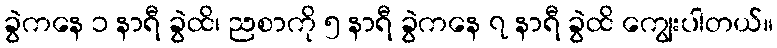
ခွဲကနေ ၁ နာရီ ခွဲထိ၊ ညစာကို ၅ နာရီ ခွဲကနေ ၇ နာရီ ခွဲထိ ကျွေးပါတယ်။